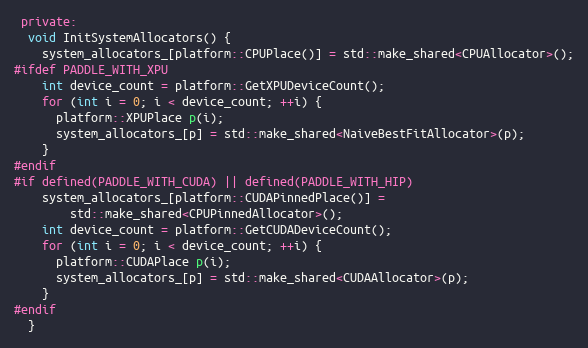
Language: C++
 private:
  void InitSystemAllocators() {
    system_allocators_[platform::CPUPlace()] = std::make_shared<CPUAllocator>();
#ifdef PADDLE_WITH_XPU
    int device_count = platform::GetXPUDeviceCount();
    for (int i = 0; i < device_count; ++i) {
      platform::XPUPlace p(i);
      system_allocators_[p] = std::make_shared<NaiveBestFitAllocator>(p);
    }
#endif
#if defined(PADDLE_WITH_CUDA) || defined(PADDLE_WITH_HIP)
    system_allocators_[platform::CUDAPinnedPlace()] =
        std::make_shared<CPUPinnedAllocator>();
    int device_count = platform::GetCUDADeviceCount();
    for (int i = 0; i < device_count; ++i) {
      platform::CUDAPlace p(i);
      system_allocators_[p] = std::make_shared<CUDAAllocator>(p);
    }
#endif
  }